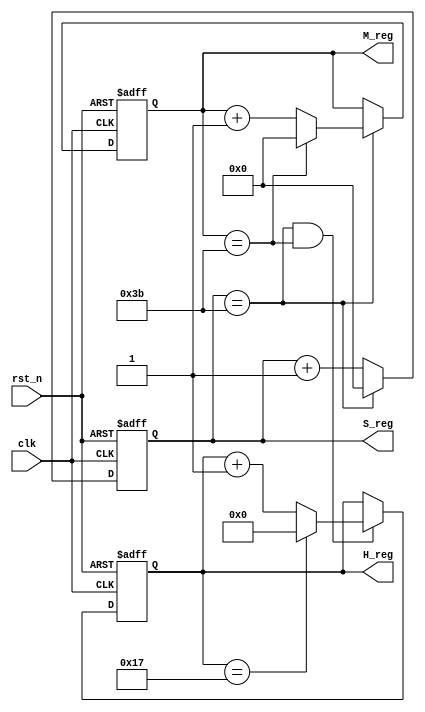
module question2 (
    input clk,
    input rst_n,
    output reg [4:0] H_reg,
    output reg [5:0] M_reg,
    output reg [5:0] S_reg
);

    always @(posedge clk or negedge rst_n) begin
        if (!rst_n) S_reg <= 0;
        else if (S_reg == 6'd59) S_reg <= 0;
        else S_reg <= S_reg + 1;
    end
    always @(posedge clk or negedge rst_n) begin
        if (!rst_n) M_reg <= 0;
        else if (S_reg == 6'd59) begin
            if (M_reg == 6'd59) M_reg <= 0;
            else M_reg <= M_reg + 1;
        end
    end
    always @(posedge clk or negedge rst_n) begin
        if (!rst_n) H_reg <= 0;
        else if (S_reg == 6'd59 && M_reg == 6'd59) begin
            if (H_reg == 5'd23) H_reg <= 0;
            else H_reg <= H_reg + 1;
        end
    end


endmodule